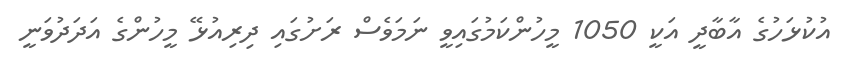
އުކުޅަހުގެ އާބާދީ އަކީ 1050 މީހުންކަމުގައިވީ ނަމަވެސް ރަށުގައި ދިރިއުޅޭ މީހުންގެ އަދަދުވަނީ